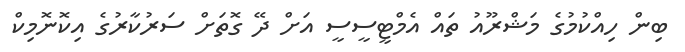
ބިން ހިއްކުމުގެ މަޝްރޫއު ތައް އެމްޓީސީސީ އަށް ދޭ ގޮތަށް ސަރުކާރުގެ އިކޮނޮމިކް